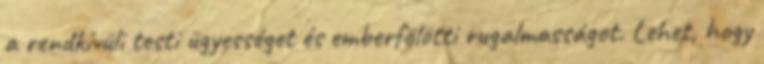
a rendkívüli testi ügyességet és emberfölötti rugalmasságot. Lehet, hogy